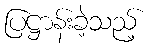
ပြဋ္ဌာန်းခဲ့သည့်